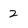
Character: 2